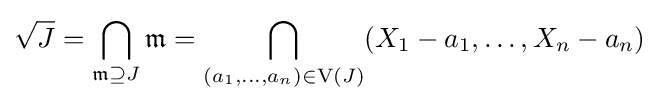
{\sqrt {J}}=\bigcap _{{\mathfrak {m}}\supseteq J}{\mathfrak {m}}=\bigcap _{(a_{1},\dots ,a_{n})\in \mathrm {V} (J)}(X_{1}-a_{1},\dots ,X_{n}-a_{n})